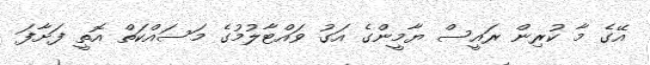
އޭގެ މާ ކުރިން ރައީސް ޔާމީންގެ އަގު ވައްޓާލުމުގެ މަސައްކަތް އޮތީ ފަށާފަ